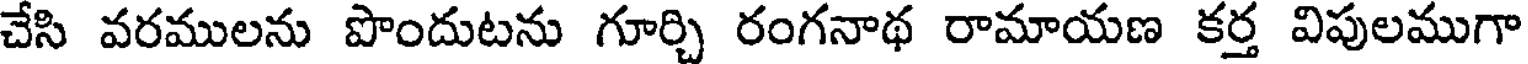
చేసి వరములను పొందుటను గూర్చి రంగనాథ రామాయణ కర్త విపులముగా